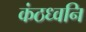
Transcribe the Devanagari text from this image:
कंठध्वनि